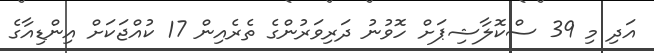
އަދި މި 39 ސްކޮލާޝިޕަށް ހޮވުނު ދަރިވަރުންގެ ތެރެއިން 17 ކުއްޖަކަށް އިންޑިއާގެ